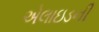
એલાઇડની